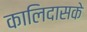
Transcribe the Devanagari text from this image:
कालिदासके